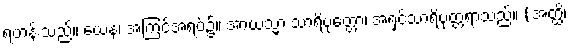
ရဟန်းသည်။ ယေန၊ အကြင်အရပ်၌။ အာယသ္မာ သာရိပုတ္တော၊ အရှင်သာရိပုတ္တရာသည်။ (အတ္ထိ၊